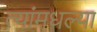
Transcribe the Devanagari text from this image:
त्यांमधल्या